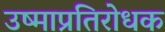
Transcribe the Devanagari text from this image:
उष्माप्रतिरोधक